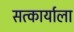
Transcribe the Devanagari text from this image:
सत्कार्याला